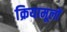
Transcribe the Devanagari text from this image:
क्रियामूलों